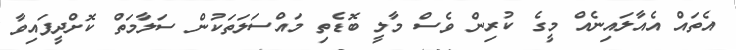
އެތައް އެއާލައިނެއް މީގެ ކުރިން ވެސް މާލީ ބޮޑެތި މައްސަލަތަކުން ސަލާމަތް ކޮށްދީފައިވާ